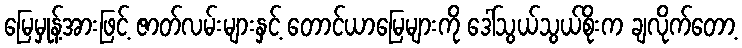
မြေမှုန့်အားဖြင့် ဇာတ်လမ်းများနှင့် တောင်ယာမြေများကို ဒေါ်သွယ်သွယ်စိုးက ချလိုက်တော့